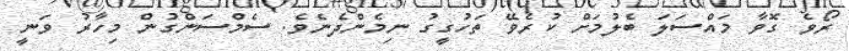
ރޯވެ ގޮވާ މައްސަލަ ބެލުމަށް ކުރެވޭ ތަހުގީގު ނިމެންދެނެވެެ. ސެމްސަންގުން މިހާރު ވަނީ